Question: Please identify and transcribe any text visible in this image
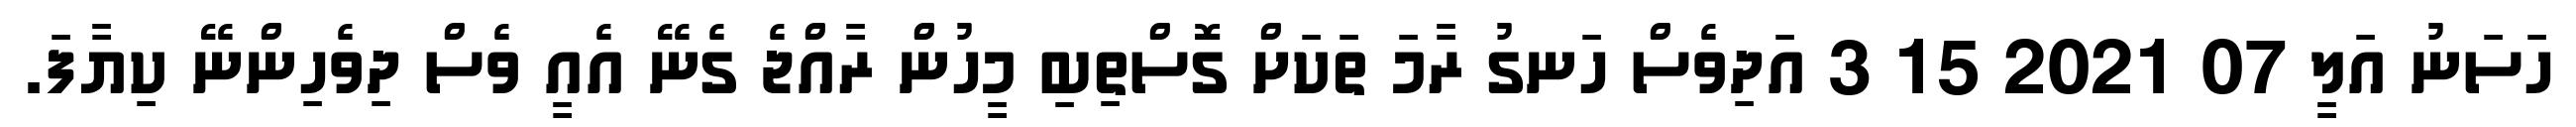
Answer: ހަސަނު އަލީ 07 2021 15 3 އަދިވެސް ހަނގު ރާމަ ތަކަށް ގޮސްތިބި މީހުން ރާއްޖެ ގެނޭ އެއީ ވެސް ދިވެހިންނޭ ކިޔާފަ.